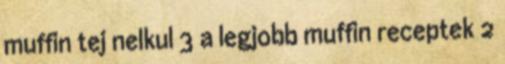
muffin tej nelkul 3 a legjobb muffin receptek 2